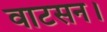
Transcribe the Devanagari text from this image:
वाटसन।